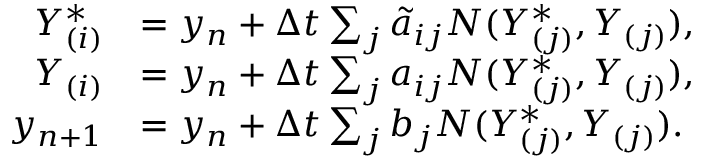
\begin{array} { r l } { Y _ { ( i ) } ^ { * } } & { = y _ { n } + \Delta t \sum _ { j } \tilde { a } _ { i j } N ( Y _ { ( j ) } ^ { * } , Y _ { ( j ) } ) , } \\ { Y _ { ( i ) } } & { = y _ { n } + \Delta t \sum _ { j } { a _ { i j } } N ( Y _ { ( j ) } ^ { * } , Y _ { ( j ) } ) , } \\ { y _ { n + 1 } } & { = y _ { n } + \Delta t \sum _ { j } { b _ { j } } N ( Y _ { ( j ) } ^ { * } , Y _ { ( j ) } ) . } \end{array}